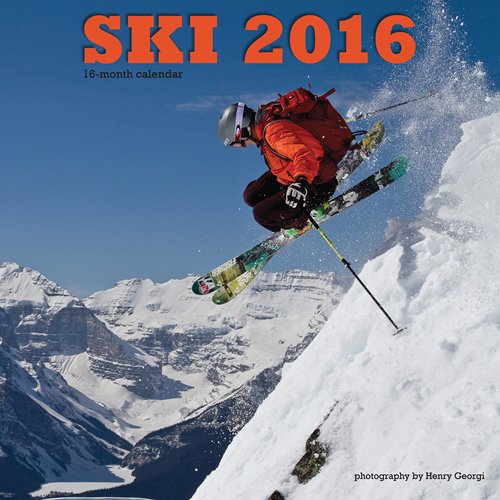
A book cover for Ski 2016 Square 12x12 Wyman; Browntrout Publishers; Sports & Outdoors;